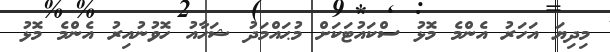
މިދިޔަ އަހަރު އެންމެ މޮޅު ސްކައުޓަކަށް މުޙައްމަދު ޝަހާއު ހޮވުނުއިރު އެންމެ މޮޅު